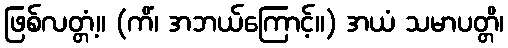
ဖြစ်လတ္တံ့။ (ကိံ၊ အဘယ်ကြောင့်။) အယံ သမာပတ္တိ၊